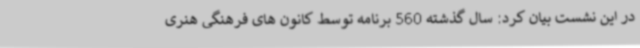
در این نشست بیان کرد: سال گذشته 560 برنامه توسط کانون های فرهنگی هنری